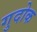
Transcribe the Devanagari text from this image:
गुदोक